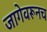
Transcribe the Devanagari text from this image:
जागेवरूनच